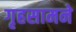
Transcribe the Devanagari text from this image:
गृहसामने